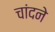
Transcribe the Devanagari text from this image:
चांदने